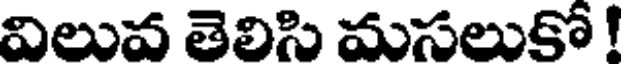
విలువ తెలిసి మసలుకో !